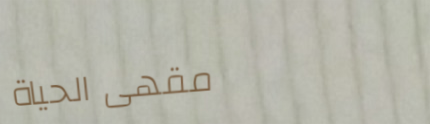
مقهى الحياة